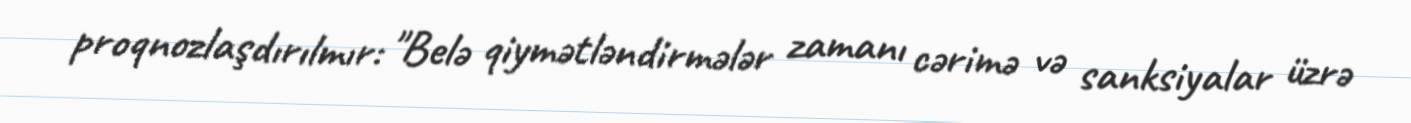
proqnozlaşdırılmır: "Belə qiymətləndirmələr zamanı cərimə və sanksiyalar üzrə